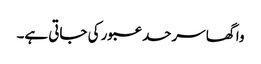
واگھا سرحد عبور کی جاتی ہے۔